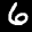
Label: 6